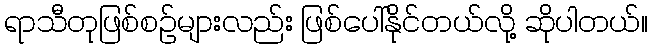
ရာသီတုဖြစ်စဉ်များလည်း ဖြစ်ပေါ်နိုင်တယ်လို့ ဆိုပါတယ်။